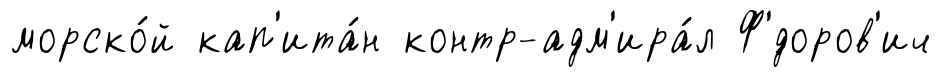
морско́й кап'ита́н контр-адм'ира́л Ф'́доров'ич